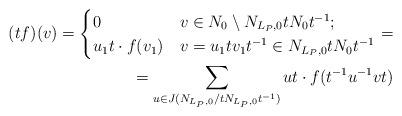
LaTeX: \begin{align*}(tf)(v)=\begin{cases}0&v\in N_0\setminus N_{L_P,0}tN_0t^{-1};\\ u_1t\cdot f(v_1)&v=u_1tv_1t^{-1}\in N_{L_P,0}tN_0t^{-1}\end{cases}=\\=\sum_{u\in J(N_{L_P,0}/tN_{L_P,0}t^{-1})}ut\cdot f(t^{-1}u^{-1}vt)\end{align*}